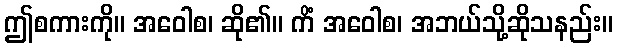
ဤစကားကို။ အဝေါစ၊ ဆို၏။ ကိံ အဝေါစ၊ အဘယ်သို့ဆိုသနည်း။